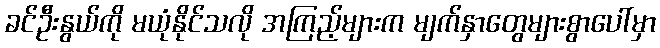
ခင်ဦးနွယ်ကို မယုံနိုင်သလို အကြည့်များက မျက်နှာတွေများစွာပေါ်မှာ